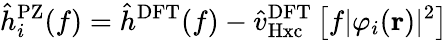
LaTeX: \hat{h}_{i}^{\mathrm{PZ}}(f)=\hat{h}^{\mathrm{DFT}}(f)-\hat{v}_{\mathrm{Hxc}}^{\mathrm{DFT}}\left[f\vert\varphi_{i}(\mathbf{r})\vert^{2}\right]